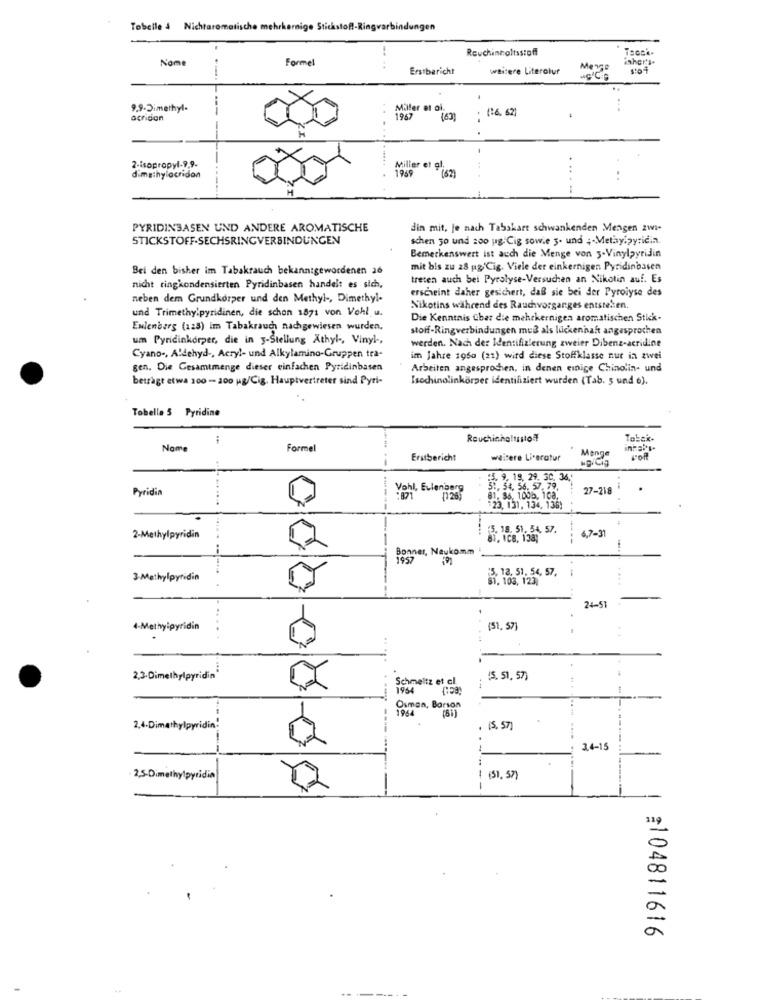
Tobelle 4 Nichtaromatische mehrkernige Stickstoff-Ringvarbindungen
Reuchinhaltsstoff
Nome
Formel
inher's.
Erstbericht
weitere Literolur
..
9,9-Dimethyl.
Miller et oi.
(26. 62)
acridan
1967
2-isopropyl-9.9.
Miller et al.
1969
dimethylocridon
(62)
..-
PYRIDINBASEN UND ANDERE AROMATISCHE
din mit, je nach Tabskart schwankenden Mengen zwi-
STICKSTOFF-SECHSRINGVERBINDUNGEN
schen 30 und 200 ug Cig sowie 3. und ;- Methylpyridin.
Bemerkenswert ist auch die Menge von 3-Vinylpyridin
Bei den bisher im Tabakrauch bekanntgewordenen 26
mit bis zu 28 pgCig. Viele der einkernigen Pyridinbasen
treten auch bei Pyrolyse-Versuchen an Nikotin auf. Es
nicht ringkondensierten Pyridinbasen handelt es sich,
erscheint daher gesichert, daß sie bei der Pyrolyse des
neben dem Grundkorper und den Methyl -, Dimethyl-
und Trimethylpyridinen, die schon 1871 von Vohl u.
Nikotins während des Rauchvorganges entstelten.
Die Kenntnis über die mehrkernigen aromatischen Stick-
Eulenberg (128) im Tabakrauch nachgewiesen wurden,
stoff-Ringverbindungen muß als lückenhaft angesprochen
um Pyridinkorper, die in 3-Stellung Athyl -, Vinyl.
werden. Nach der Identifizierung zweier Dibenz-acridine
Cyano -, Aldehyd -, Acryl- und Alkylamino-Gruppen tra-
im Jahre 1950 (21) wird diese Stoffklasse nur in zwei
gen. Die Gesamtmenge dieser einfachen Pyridinbasen
Arbeiten angesprochen, in denen einige Chinolin- und
betzagt etwa 100 -200 pg/Cig. Hauptvertreter sind Pyri-
Isochinolinkörper identifiziert wurden (Tab. 5 und 6).
Tobelle 5 Pyridine
Rauchinhaltsstoff
Tobak-
Nome
Formel
Menge
Erstbericht
weitere Literatur
HD/Cią
L'OR
:3. 9. 19, 29. 3C. 36.
Pyridin
Vohl, Evlenberg
51. 54. 56. 57. 79.
27-218
81. 96, 1005. 108.
23, 131, 134, 136)
44
5. 18. 51. 54, 57.
6,7-31
2-Methylpyridin
87.008. 138;
Bonner, Naukomm
-
1957
15, 13, 51. 54, 57.
3-Methylpyridin
81. 103, 123,
24-51
4-Methyipyridin
(51.57]
2,3-Dimethylpyridin
Schmeltz et cl.
15. 51. 57)
1964
Osman, Barson
....
2.4-Dimethylpyridin!
15, 57)
3.4-15
2,5-Dimethylpyridin
(51, 57)
:104811616